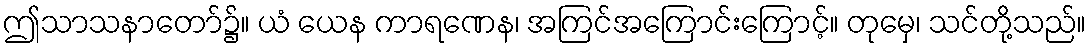
ဤသာသနာတော်၌။ ယံ ယေန ကာရဏေန၊ အကြင်အကြောင်းကြောင့်။ တုမှေ၊ သင်တို့သည်။